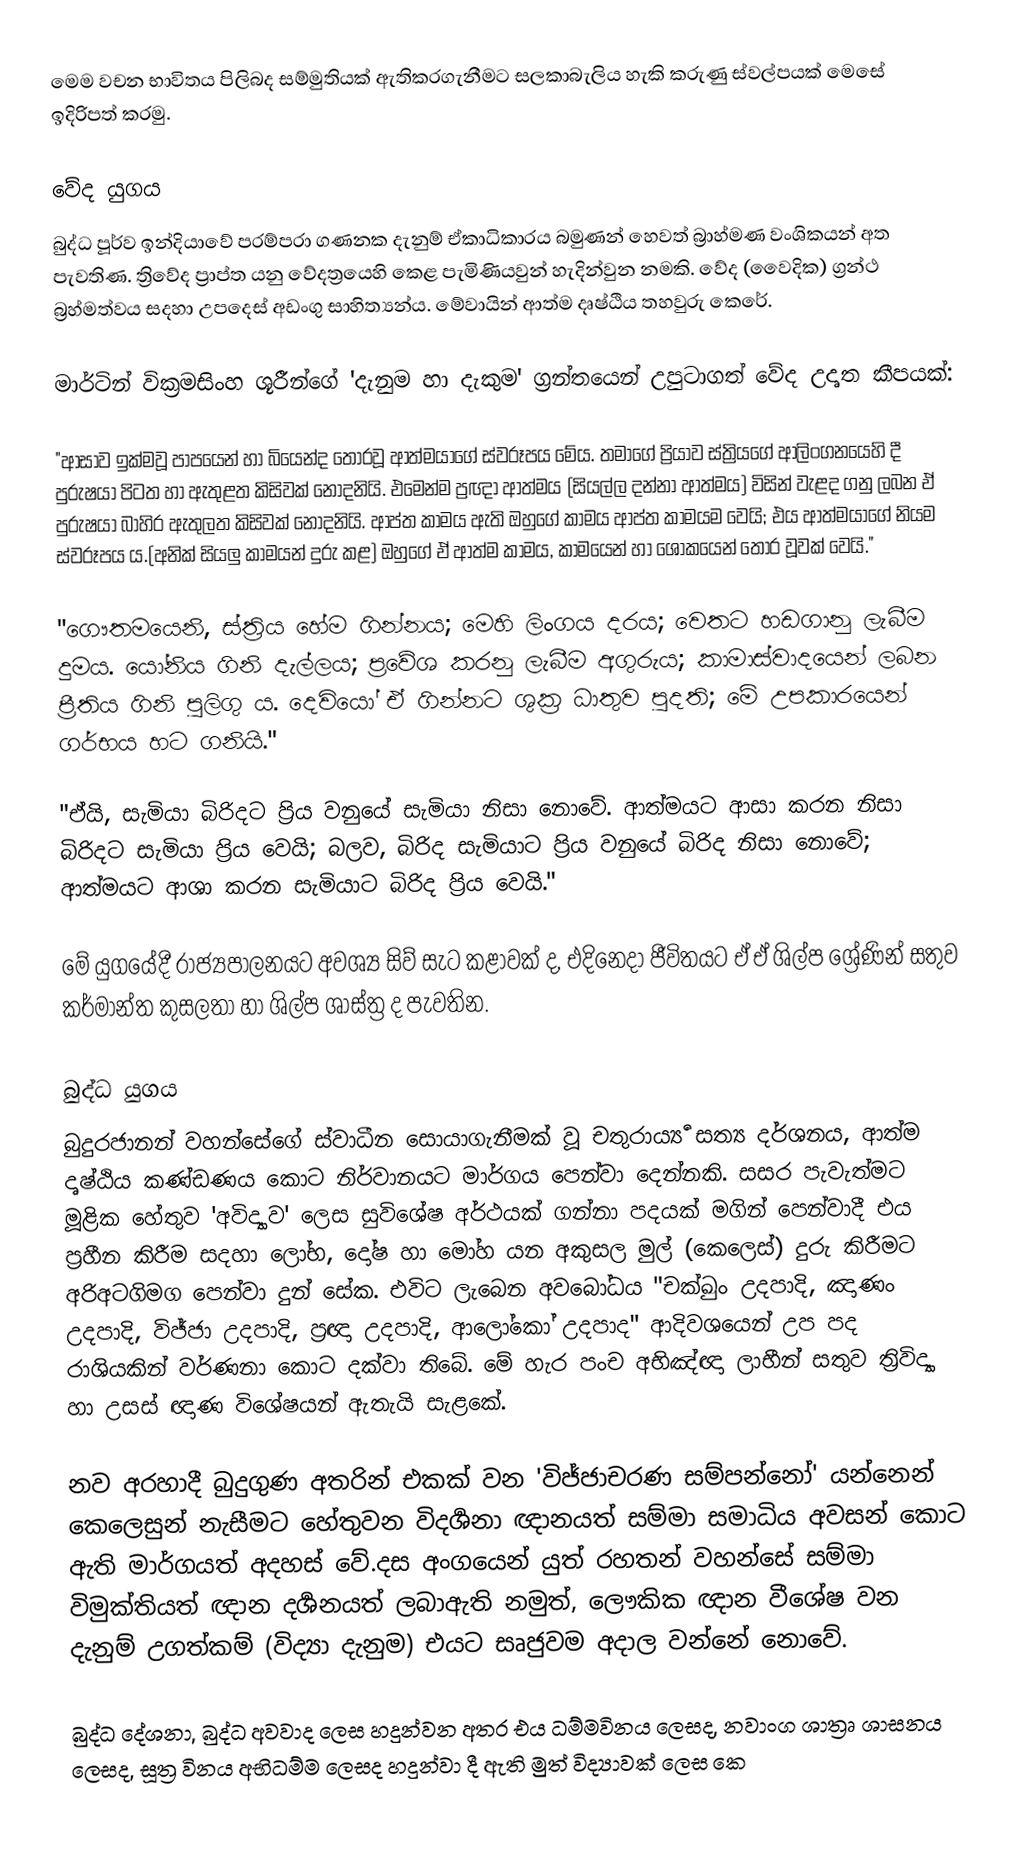
මෙම වචන භාවිතය පිලිබද සම්මුතියක් ඇතිකරගැනීමට සලකාබැලිය හැකි  කරුණු ස්වල්පයක් මෙසේ ඉදිරිපත් කරමු.

වේද යුගය
බුද්ධ පූර්ව ඉන්දියාවේ පරම්පරා ගණනක දැනුම් ඒකාධිකාරය බමුණන් හෙවත් බ්‍රාහ්මණ වංශිකයන් අත පැවතිණ. ත්‍රිවේද ප්‍රාප්ත යනු වේදත්‍රයෙහි කෙළ පැමිණියවුන් හැදින්වුන නමකි. වේද (වෛදික) ග්‍රන්ථ බ්‍රහ්මත්වය සදහා උපදෙස් අඩංගු සාහිත්‍යන්ය. මේවායින් ආත්ම දෘෂ්ඨිය තහවුරු කෙරේ.

මාර්ටින් වික්‍රමසිංහ ශූරීන්ගේ 'දැනුම හා දැකුම' ග්‍රන්තයෙන් උපුටාගත් වේද උදෘත කීපයක්:

"ආසාව ඉක්මවූ පාපයෙන් හා බියෙන්ද තොරවූ ආත්මයාගේ ස්වරූපය මේය. තමාගේ ප්‍රියාව ස්ත්‍රියගේ ආලිංගනයෙහි දී පුරුෂයා පිටත හා ඇතුළත කිසිවක් නොදනියි. එමෙන්ම ප්‍රඥා ආත්මය (සියල්ල දන්නා ආත්මය) විසින් වැළද ගනු ලබන ඒ පුරුෂයා බාහිර ඇතුලත කිසිවක් නොදනියි. ආප්ත කාමය ඇති ඔහුගේ කාමය ආප්ත කාමයම වෙයි; එය ආත්මයාගේ නියම ස්වරූපය ය.(අනික් සියලු කාමයන් දුරු කළ)  ඔහුගේ ඒ ආත්ම කාමය, කාමයෙන් හා ශෝකයෙන් තොර වූවක් වෙයි."

"ගෞතමයෙනි, ස්ත්‍රිය හේම ගින්නය; මෙහි ලිංගය දරය; වෙතට හඩගානු ලැබීම දුමය. යෝනිය ගිනි දැල්ලය; ප්‍රවේශ කරනු ලැබීම අගුරුය; කාමාස්වාදයෙන් ලබන ප්‍රීතිය ගිනි පුලිගු ය. දෙවියෝ ඒ ගින්නට ශුක්‍ර ධාතුව පුදති; මේ උපකාරයෙන් ගර්භය හට ගනියි."

"ඒයි, සැමියා බිරිදට ප්‍රිය වනුයේ සැමියා නිසා නොවේ. ආත්මයට ආසා කරන නිසා බිරිදට සැමියා ප්‍රිය වෙයි; බලව, බිරිද සැමියාට ප්‍රිය වනුයේ බිරිද නිසා නොවේ; ආත්මයට ආශා කරන සැමියාට බිරිද ප්‍රිය වෙයි."

මේ යුගයේදී රාජ්‍යපාලනයට අවශ්‍ය සිව් සැට කළාවක් ද, එදිනෙදා ජීවිතයට ඒ ඒ ශිල්ප ශ්‍රේණින් සතුව කර්මාන්ත කුසලතා හා ශිල්ප ශාස්ත්‍ර ද පැවතින.

බුද්ධ යුගය
බුදුරජානන් වහන්සේගේ ස්වාධීන සොයාගැනීමක් වූ චතුරාර්‍ය්‍ය සත්‍ය දර්ශනය, ආත්ම දෘෂ්ඨිය කණ්ඩණය කොට නිර්වානයට මාර්ගය පෙන්වා දෙන්නකි. සසර පැවැත්මට මූළික හේතුව 'අවිද්‍යාව' ලෙස සුවිශේෂ අර්ථයක් ගන්නා පදයක් මගින් පෙන්වාදී එය ප්‍රහීන කිරීම සදහා ලෝභ, දෝෂ හා මෝහ යන අකුසල මුල් (කෙලෙස්) දුරු කිරීමට අරිඅටගිමග පෙන්වා දුන් සේක. එවිට ලැබෙන අවබෝධය "චක්ඛුං උදපාදි, ඤාණං උදපාදි, විජ්ජා උදපාදි, ප්‍රඥා උදපාදි, ආලෝකෝ උදපාද" ආදිවශයෙන් උප පද රාශියකින් වර්ණනා කොට දක්වා තිබේ. මේ හැර පංච අභිඤ්ඥා ලාභීන් සතුව ත්‍රිවිද්‍යා හා උසස් ඥාණ විශේෂයන් ඇතැයි සැළකේ.

නව අරහාදී බුදුගුණ අතරින් එකක් වන 'විජ්ජාචරණ සම්පන්නෝ' යන්නෙන් කෙලෙසුන් නැසීමට හේතුවන විදර්‍ශනා ඥානයත් සම්මා සමාධිය අවසන් කොට ඇති මාර්ගයත් අදහස් වේ.දස අංගයෙන් යුත් රහතන් වහන්සේ සම්මා විමුක්තියත් ඥාන දර්‍ශනයත් ලබාඇති නමුත්, ලෞකික ඥාන වීශේෂ වන දැනුම් උගත්කම් (විද්‍යා දැනුම) එයට සෘජුවම අදාල වන්නේ නොවේ.

බුද්ධ දේශනා, බුද්ධ අවවාද ලෙස හදුන්වන අතර එය ධම්මවිනය ලෙසද, නවාංග ශාත්‍රෘ ශාසනය ලෙසද, සූත්‍ර විනය අභිධම්ම ලෙසද හදුන්වා දී ඇති මුත් විද්‍යාවක් ලෙස කෙ